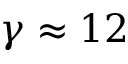
\gamma \approx 1 2